Civil Veterinary Department ledger series I-VI
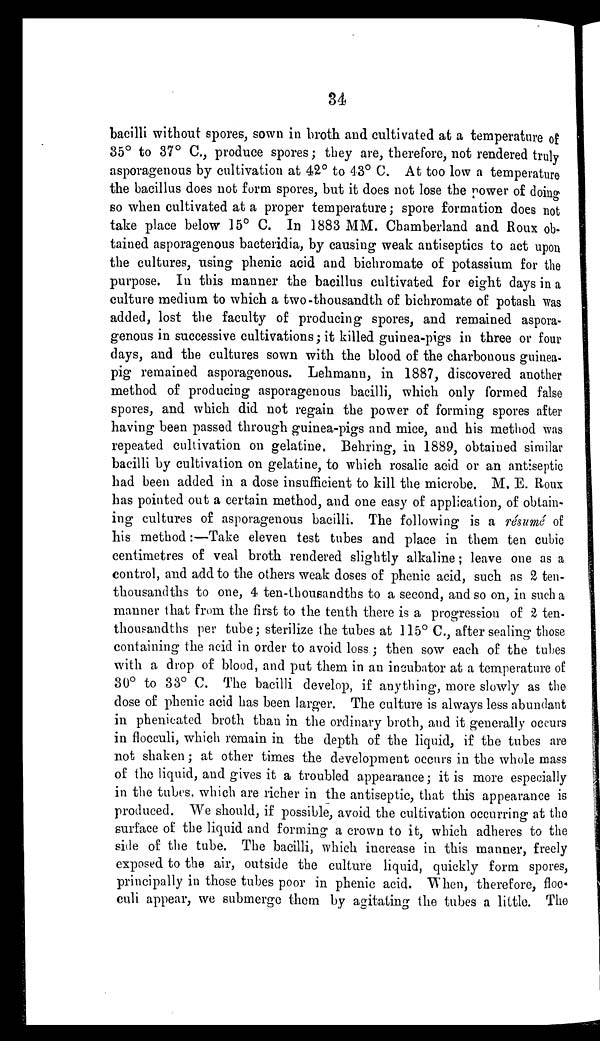
34
bacilli without spores, sown in broth and cultivated at a temperature of
35° to 37° C., produce spores ; they are, therefore, not rendered truly
asporagenous by cultivation at 42° to 43° C. At too low a temperature
the bacillus does not form spores, but it does not lose the power of doing
so when cultivated at a proper temperature; spore formation does not
take place below 15° C. In 1883 MM. Chamberland and Roux ob-
tained asporagenous bacteridia, by causing weak antiseptics to act upon
the cultures, using phenic acid and bichromate of potassium for the
purpose. In this manner the bacillus cultivated for eight days in a
culture medium to which a two-thousandth of bichromate of potash was
added, lost the faculty of producing spores, and remained aspora-
genous in successive cultivations; it killed guinea-pigs in three or four
days, and the cultures sown with the blood of the charbonous guinea-
pig remained asporagenous. Lehmann, in 1887, discovered another
method of producing asporagenous bacilli, which only formed false
spores, and which did not regain the power of forming spores after
having been passed through guinea-pigs and mice, and his method was
repeated cultivation on gelatine. Behring, in 1889, obtained similar
bacilli by cultivation on gelatine, to which rosalic acid or an antiseptic
had been added in a dose insufficient to kill the microbe. M. E. Roux
has pointed out a certain method, and one easy of application, of obtain-
ing cultures of asporagenous bacilli. The following is a résumé of
his method:—Take eleven test tubes and place in them ten cubic
centimetres of veal broth rendered slightly alkaline; leave one as a
control, and add to the others weak doses of phenic acid, such as 2 ten-
thousandths to one, 4 ten-thousandths to a second, and so on, in such a
manner that from the first to the tenth there is a progression of 2 ten-
thousandths per tube; sterilize the tubes at 115° C., after sealing those
containing the acid in order to avoid loss; then sow each of the tubes
with a drop of blood, and put them in an incubator at a temperature of
30° to 33° C. The bacilli develop, if anything, more slowly as the
dose of phenic acid has been larger. The culture is always less abundant
in phenicated broth than in the ordinary broth, and it generally occurs
in flocculi, which remain in the depth of the liquid, if the tubes are
not shaken; at other times the development occurs in the whole mass
of the liquid, and gives it a troubled appearance; it is more especially
in the tubes, which are richer in the antiseptic, that this appearance is
produced. We should, if possible, avoid the cultivation occurring at the
surface of the liquid and forming a crown to it, which adheres to the
side of the tube. The bacilli, which increase in this manner, freely
exposed to the air, outside the culture liquid, quickly form spores,
principally in those tubes poor in phenic acid. When, therefore, floc-
culi appear, we submerge them by agitating the tubes a little. The